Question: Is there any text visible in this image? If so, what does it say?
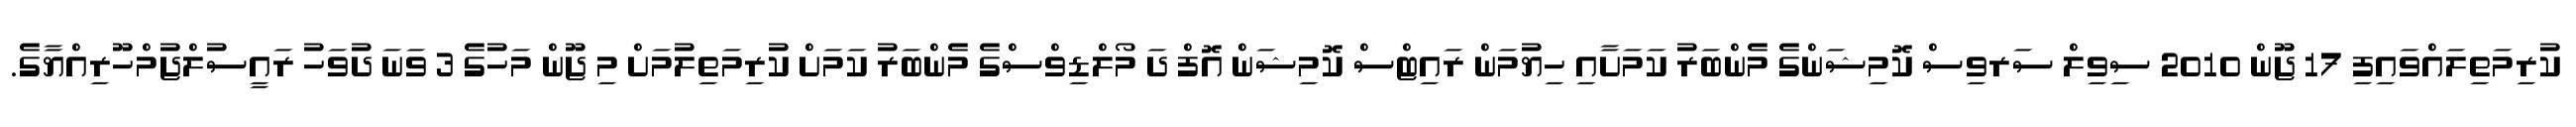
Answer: ކުރިމަތިލައްވައިފި 17 ޖޫން 2010 ސިވިލް ސަރވިސް ކޮމިޝަންގެ މެންބަރު ކަމަށާއި ހިޔުމަން ރައިޓްސް ކޮމިޝަން އޮފް ދަ މޯލްޑިވްސްގެ މެންބަރު ކަމަށް ކުރިމަތިލުމަށް މި ޖޫން މަހުގެ 3 ވަނަ ދުވަހު ރައީސުލްޖުމްހޫރިއްޔާގެ.